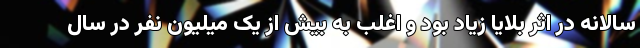
سالانه در اثر بلایا زیاد بود و اغلب به بیش از یک میلیون نفر در سال